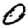
Digit: 0